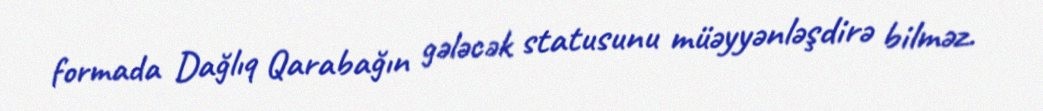
formada Dağlıq Qarabağın gələcək statusunu müəyyənləşdirə bilməz.